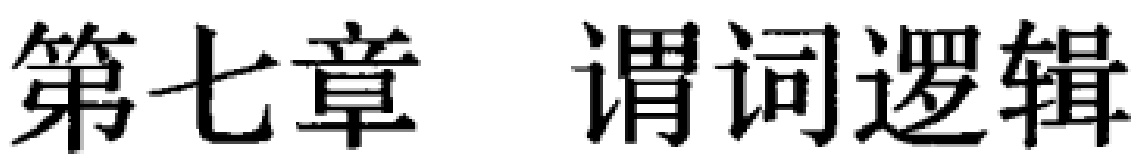
第七章 谓词逻辑